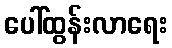
ပေါ်ထွန်းလာရေး